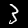
Digit: 3